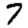
Digit: 7